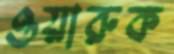
ওয়ারুক